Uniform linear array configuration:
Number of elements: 8
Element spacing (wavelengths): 0.5
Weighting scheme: exponential
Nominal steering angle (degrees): -15
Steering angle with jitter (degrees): -16.44
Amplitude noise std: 0.05
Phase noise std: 0.05

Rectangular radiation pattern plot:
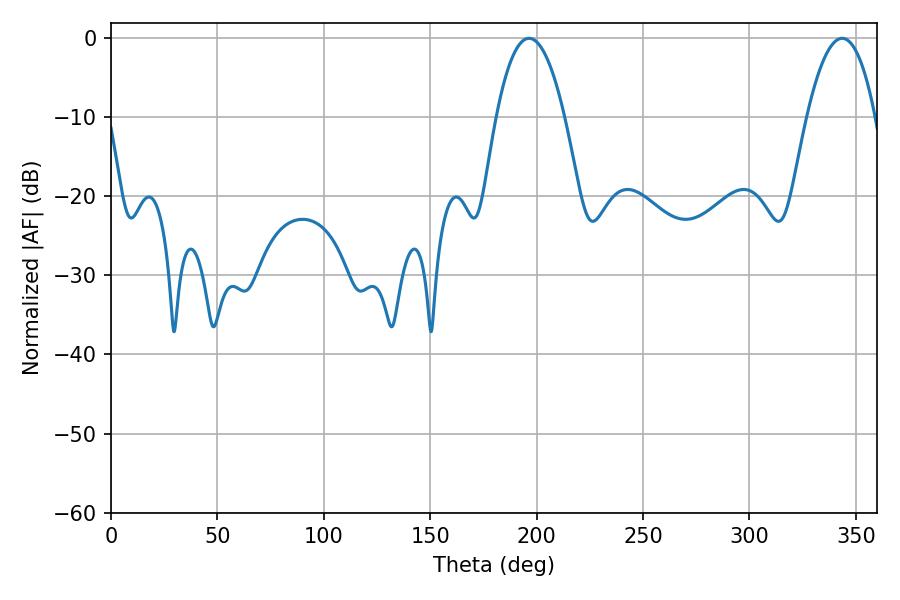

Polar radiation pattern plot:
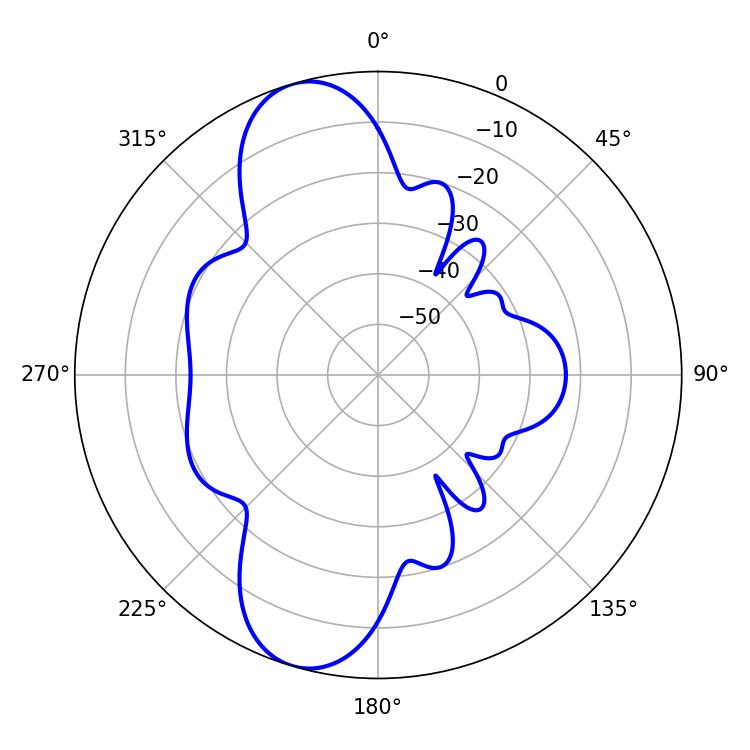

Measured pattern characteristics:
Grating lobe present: FALSE
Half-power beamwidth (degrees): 17.82
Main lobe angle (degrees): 196.38